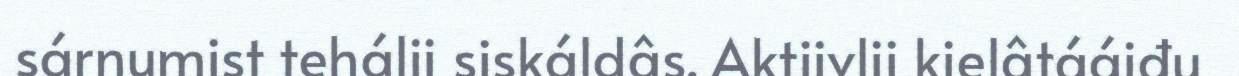
sárnumist tehálii siskáldâs. Aktiivlii kielâtááiđu